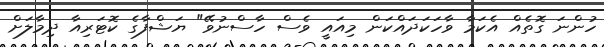
ހުންނަ ގޮތެއް އެކަމާ ވާހަކަދައްކަން މިއައީ ވެސް ހާސްނުވޭ" ޔަޝްފާގެ ކޮޓަރިއާ ދިމާލަށް